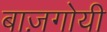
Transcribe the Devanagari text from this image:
बाज़गोयी